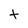
Character: t